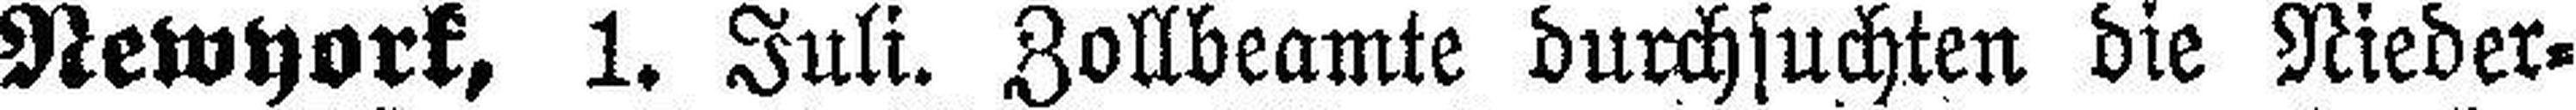
Newyork, 1. Juli. Zollbeamte durchsuchten die Nieder¬